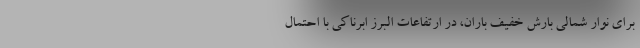
برای نوار شمالی بارش خفیف باران، در ارتفاعات البرز ابرناکی با احتمال